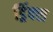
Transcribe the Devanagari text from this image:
ड्रिंक्‍स